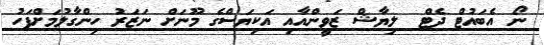
ނޯ އެބައުޓް ދެޓް  ލިޔާޝް ޒަވީންއާއި އަކިޔަސްގެ މޫނަށް ނަޒަރު ހިންގާލުމަށްފަހު